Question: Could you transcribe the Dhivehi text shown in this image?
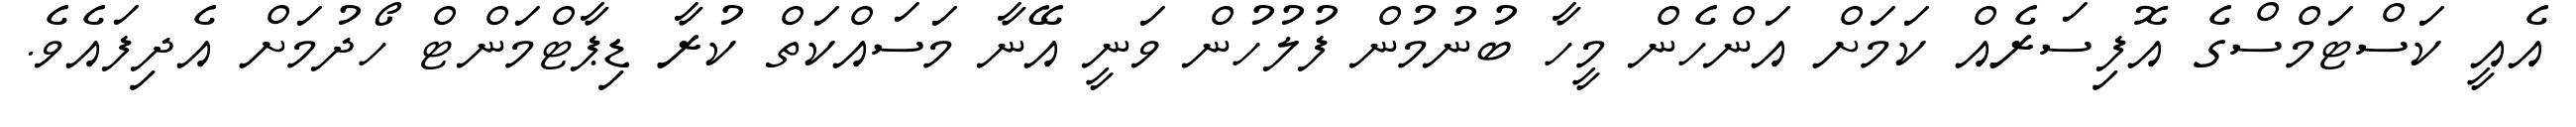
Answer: އެއީ ކަސްޓަމްސްގެ އޮފިސަރެއް ކަމަށް އަންހެން މީހާ ބުނުމުން ފުލުހުން ވަނީ އޭނާ މަސައްކަތް ކުރާ ޑިޕާޓްމަންޓް ހޯދުމަށް އެދިފައެވެ.